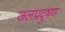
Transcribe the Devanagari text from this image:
जलप्रदुषण